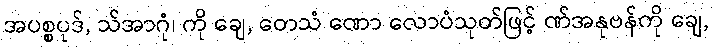
အပစ္စပုဒ်, သ်အာဂုံ၊ ကို ချေ, တေသံ ဏော လောပံသုတ်ဖြင့် ဏ်အနုဗန်ကို ချေ,